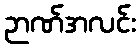
ဉာဏ်အလင်း